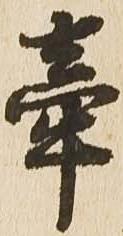
牽